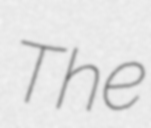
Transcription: The